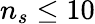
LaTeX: n_{s}\leq 10